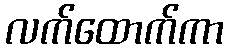
လက်ထောက်ကာ